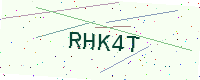
Text: RHK4T